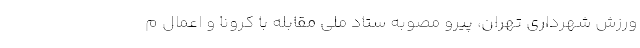
ورزش شهرداری تهران، پیرو مصوبه ستاد ملی مقابله با کرونا و اعمال م